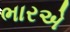
ભારએ